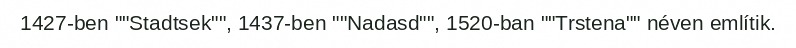
1427-ben ""Stadtsek"", 1437-ben ""Nadasd"", 1520-ban ""Trstena"" néven említik.